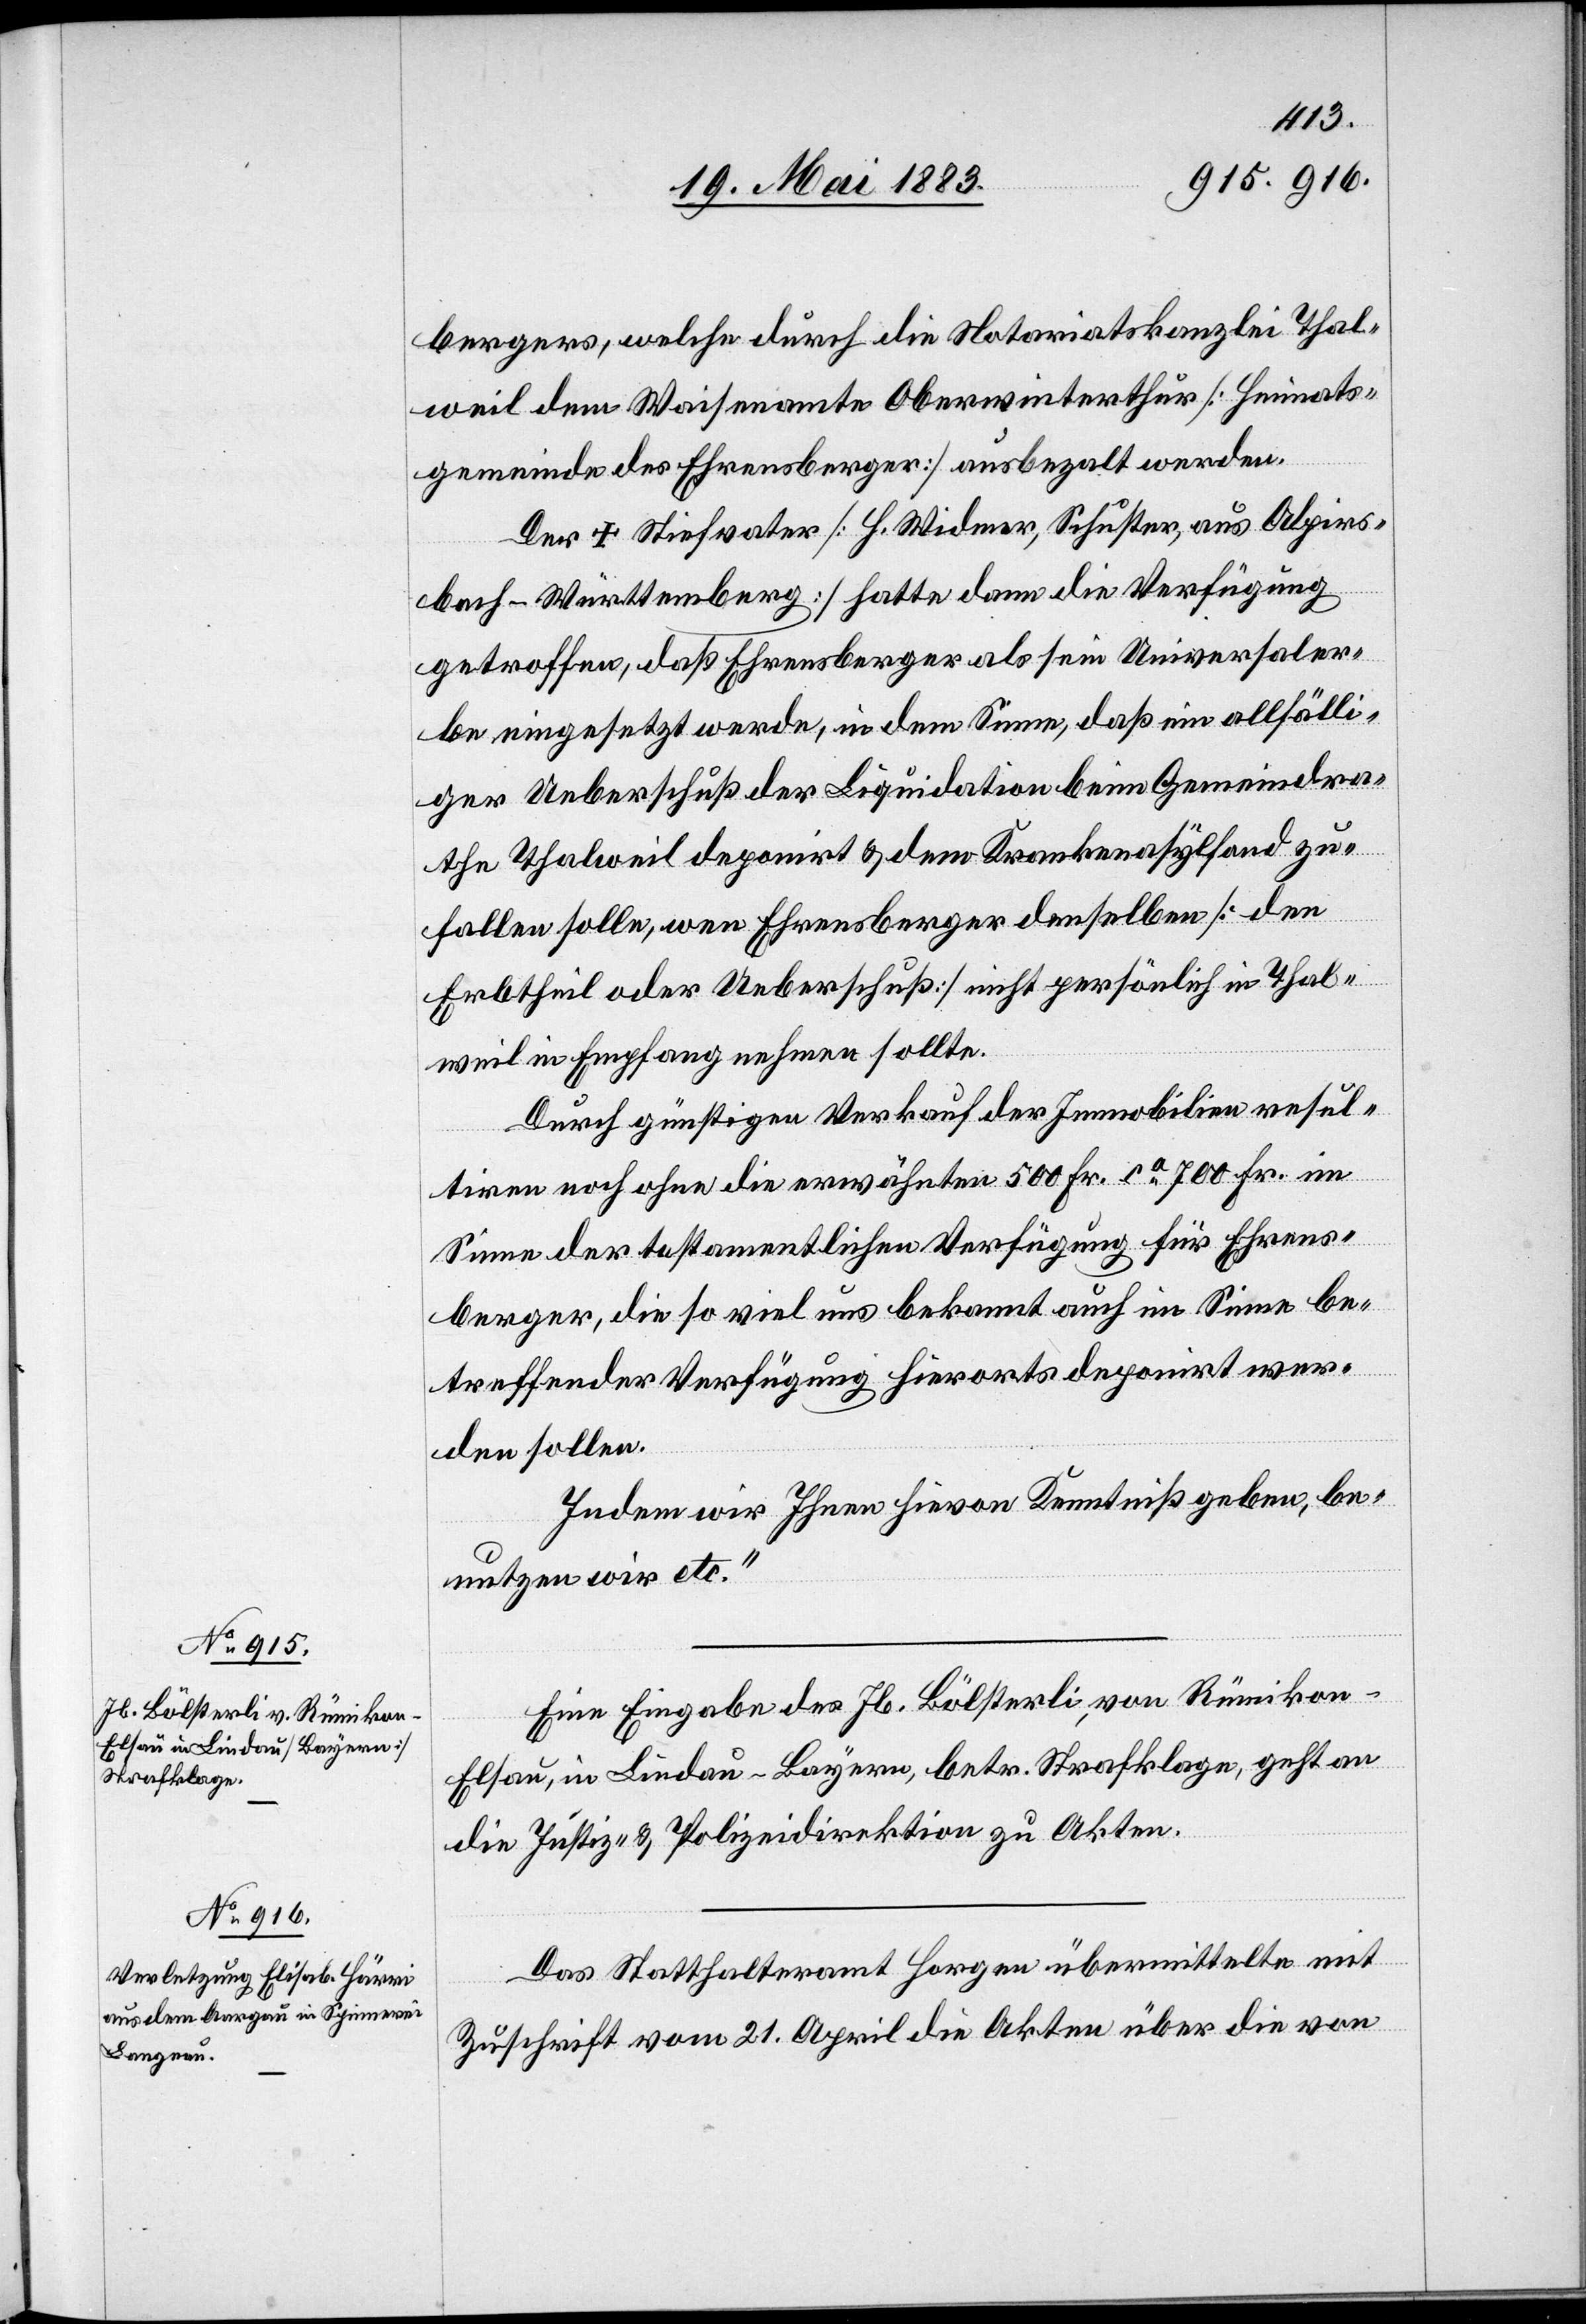
berger, welche durch die Notariatskanzlei Thal¬
weil dem Waisenamte Oberwinterthur [Heimats¬
gemeinde des Ehrensberger] ausbezahlt werden.
Der † Stiefvater [H. Widmer, Schuster, aus Alpirs¬
bach - Württemberg] hatte dann die Verfügung
getroffen, daß Ehrensberger als sein Universaler¬
be eingesetzt werde, in dem Sinne, daß ein allfälli¬
ger Ueberschuß der Liquidation beim Gemeindra¬
the Thalweil deponirt & dem Krankenasylfond zu¬
fallen sollen, wenn Ehrensberger denselben [den
Erbtheil oder Ueberschuß] nicht persönlich in Thal¬
weil in Empfang nehmen sollte.
Durch günstigen Verkauf der Immobilien resul¬
tiren noch ohne die erwähnten 500 Fr. ca 700 Fr. im
Sinne der testamentlichen Verfügung für Ehrens¬
berger, die so viel uns bekannt auch im Sinne be¬
treffender Verfügung hierorts deponirt wer¬
den sollen.
Indem wir Ihnen hievon Kenntniß geben, be¬
nutzen wir etc.“
Eine Eingabe des Jb. Bölsterli, von Rümikon
Elsau, in Lindau - Bayern, betr. Strafklage, geht an
die Justiz- & Polizeidirektion zu Akten.
Das Statthalteramt Horgen übermittelte mit
Zuschrift vom 21. April die Akten über die von